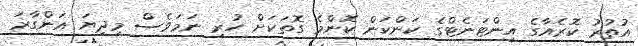
އުތުރު ކޮރެއާގެ އިންޓަނެޓްގެ ކަންކަން ކޮންމެ ގޮތަކަށް ހުރި ނަމަވެސް މިދިޔަ އަންގާރަ